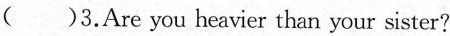
()3.Are you heavier than your sister?